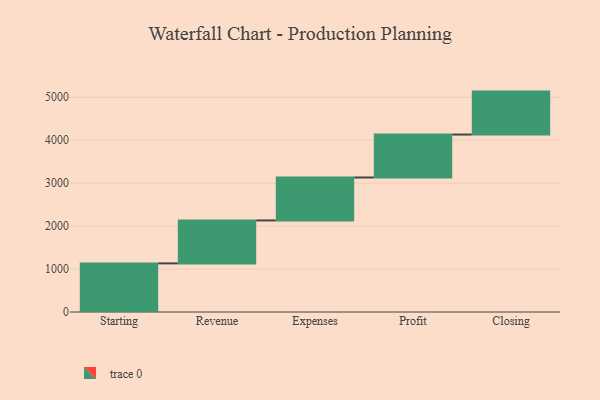
{"axis": {"x": "Step", "y": "Value"}, "legend": [""], "data": [{"x": "Starting", "y": 1132.0, "type": ""}, {"x": "Revenue", "y": 1000, "type": ""}, {"x": "Expenses", "y": 1000, "type": ""}, {"x": "Profit", "y": 1000, "type": ""}, {"x": "Closing", "y": 1000, "type": ""}]}